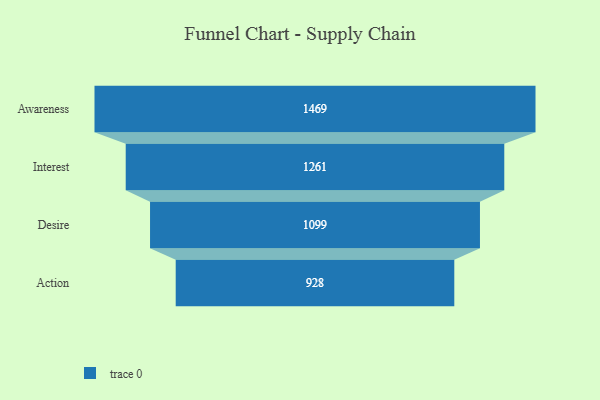
{"axis": {"x": "Stage", "y": "Value"}, "legend": [""], "data": [{"x": "Awareness", "y": 1469.0, "type": ""}, {"x": "Interest", "y": 1261.0, "type": ""}, {"x": "Desire", "y": 1099.0, "type": ""}, {"x": "Action", "y": 928.0, "type": ""}]}